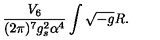
{ \frac { V _ { 6 } } { ( 2 \pi ) ^ { 7 } g _ { s } ^ { 2 } \alpha ^ { 4 } } } \int \sqrt { - g } R .